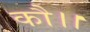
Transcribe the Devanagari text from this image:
कौ।।